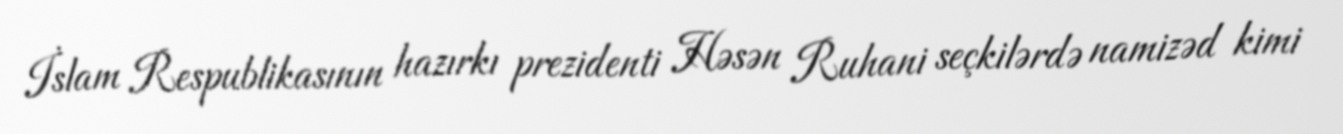
İslam Respublikasının hazırkı prezidenti Həsən Ruhani seçkilərdə namizəd kimi